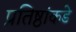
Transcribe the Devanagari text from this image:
प्रतिष्ठांकडे